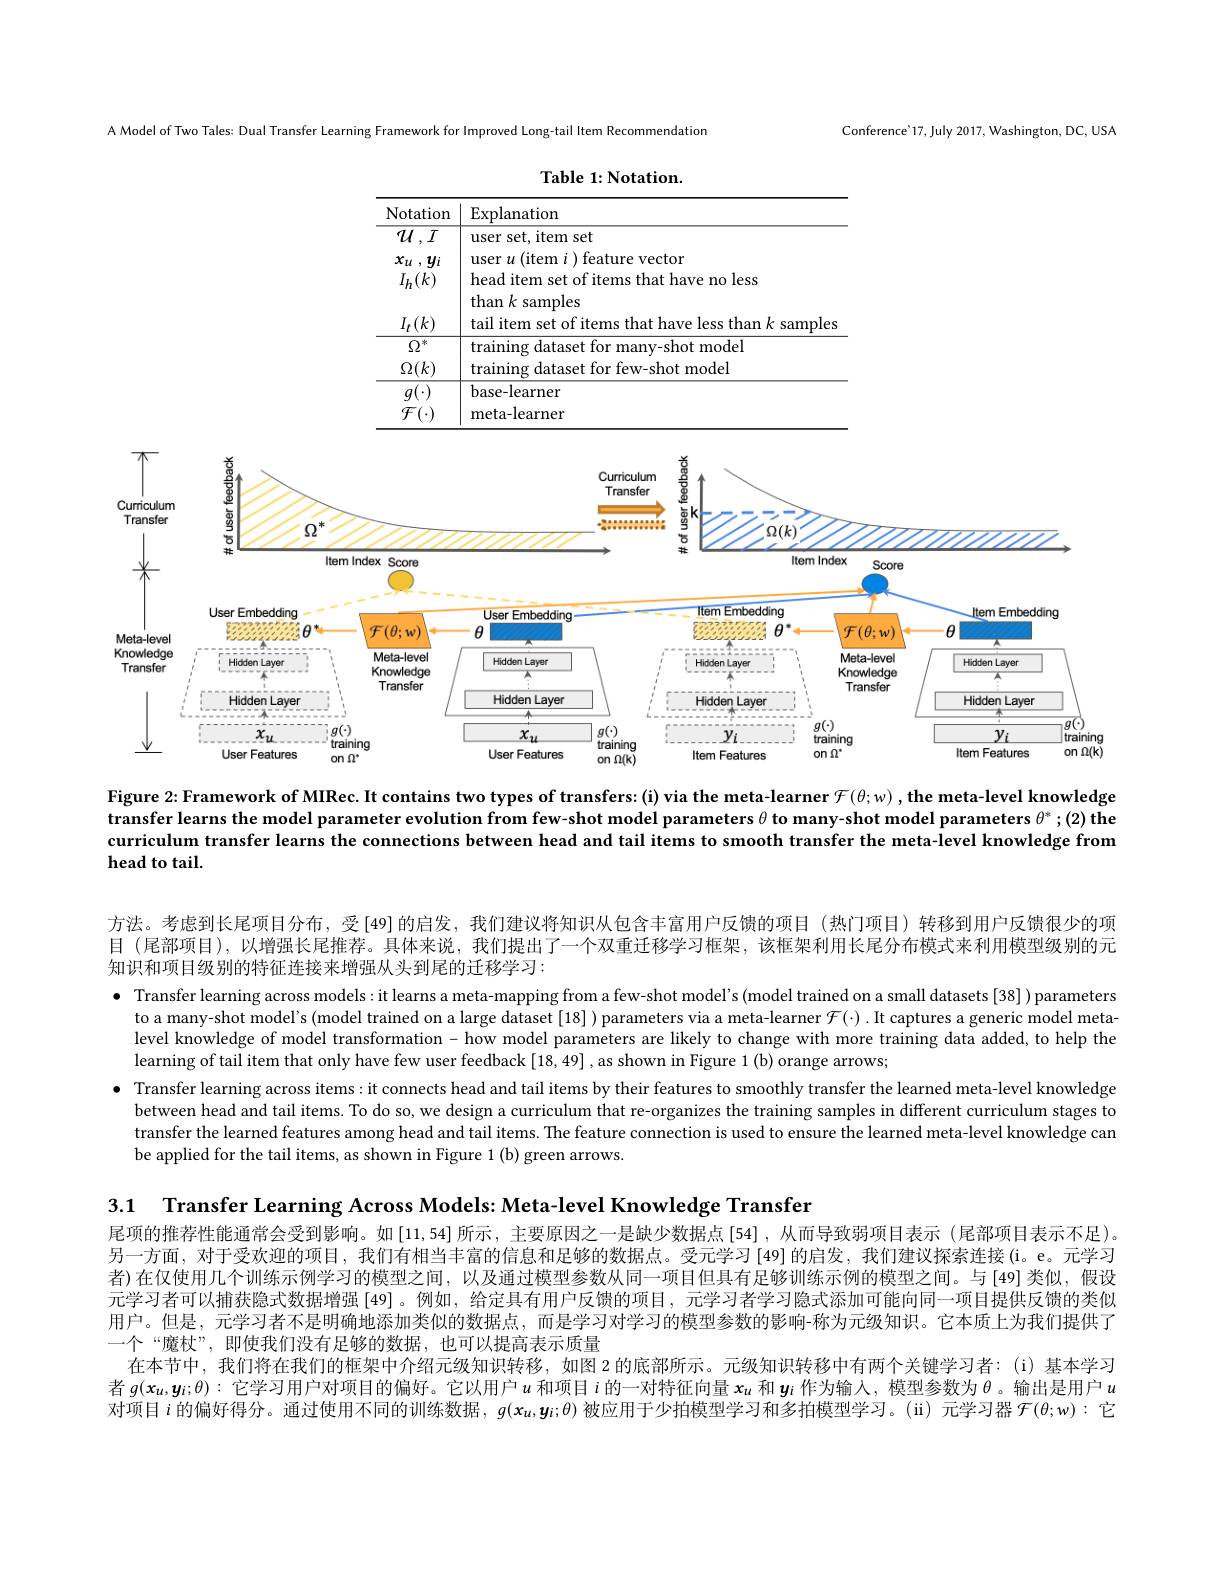
Conference'17, July 2017, Washington, DC, USA

A Model of Two Tales: Dual Transfer Learning Framework for Improved Long-tail Item Recommendation

Table 1: Notation.

<table>
	<tbody>
		<tr>
			<th>Notation</th>
			<th>$\operatorname{Explanation}$</th>
		</tr>
		<tr>
			<td>$\mathcal{U},I$ $x_{u}$ $, y_{i}$ $I_{h}(k)$ $I_{t}(k)$</td>
			<td>user set, item set user $u\left(\mathrm{item~}i\right)$feature vector head item set of items that have no less than $k$ samples tail item set of items that have e less than $k$ sample</td>
		</tr>
		<tr>
			<td>$\Omega$ 冰 $\Omega(k)$</td>
			<td>training dataset for many-shot model training dataset for few-shot model</td>
		</tr>
		<tr>
			<td>$g(\cdot)$ ${\mathcal{F}}$</td>
			<td>base-learner meta-learner</td>
		</tr>
	</tbody>
</table>

<FigureHere>

Figure 2:Framework of MIRec. It contains two types of transfers:(i) via the meta-learner $\mathscr{F} ( \theta ; w) , \textbf{the meta- level knowledge}$ transfer learns the model parameter evolution from few-shot model parameters $\theta$ to many-shot model parameters $\theta^*;(2)$ the curriculum transfer learns the connections between head and tail items to smooth transfer the meta-level knowledge from head to tail

方法。考虑到长尾项目分布，受[49]的启发，我们建议将知识从包含丰富用户反馈的项目(热门项目)转移到用户反馈很少的项目 (尾部项目),以增强长尾推荐。具体来说，我们提出了一个双重迁移学习框架，该框架利用长尾分布模式来利用模型级别的元知识和项目级别的特征连接来增强从头到尾的迁移学习：

· Transfer learning across models: it learns a meta-mapping from a few-shot model's (model trained on a small datasets [38] ) parameters
to a many-shot model's (model trained on a large dataset [18] ) parameters via a meta-learner $\mathcal{F}(\cdot)$ .It captures a generic model metalevel knowledge of model transformation - how model parameters are likely to change with more training data added, to help the learning of tail item that only have few user feedback [18,49] ,as shown in Figure 1 (b) orange arrows;
$\bullet$ Transfer learning across items: it connects head and tail items by their features to smoothly transfer the learned meta-level knowledge
between head and tail items. To do so, we design a curriculum that re-organizes the training samples in different curriculum stages to transfer the learned features among head and tail items. The feature connection is used to ensure the learned meta-level knowledge can be applied for the tail items, as shown in Figure 1 (b) green arrows.

3.1 Transfer Learning Across Models: Meta-level Knowledge Transfer
尾项的推荐性能通常会受到影响。如[11,54]所示，主要原因之一是缺少数据点 [54] ,从而导致弱项目表示 (尾部项目表示不足)。另一方面，对于受欢迎的项目，我们有相当丰富的信息和足够的数据点。受元学习[49]的启发，我们建议探索连接(i。e。元学习者)在仅使用几个训练示例学习的模型之间，以及通过模型参数从同一项目但具有足够训练示例的模型之间。与 [49]类似，假设元学习者可以捕获隐式数据增强[49]。例如，给定具有用户反馈的项目，元学习者学习隐式添加可能向同一项目提供反馈的类似用户。但是，元学习者不是明确地添加类似的数据点，而是学习对学习的模型参数的影响-称为元级知识。它本质上为我们提供了一个“魔杖”,即使我们没有足够的数据，也可以提高表示质量
在本节中，我们将在我们的框架中介绍元级知识转移，如图 2 的底部所示。元级知识转移中有两个关键学习者：(i)基本学习者$g(\boldsymbol{x}_u,\boldsymbol{y}_i;\theta):$它学习用户对项目的偏好。它以用户$u$和项目$i$的一对特征向量$\boldsymbol x_u$和$\boldsymbol y_i$作为输人，模型参数为$\theta$ 。输出是用户$u$ 对项目$i$的偏好得分。通过使用不同的训练数据，$g(\boldsymbol{x}_u,\boldsymbol{y}_l;\theta)$被应用于少拍模型学习和多拍模型学习。(ii)元学习器$\mathcal{F}(\theta;w):$它